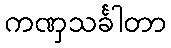
ကဏှသင်္ခါတာ